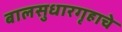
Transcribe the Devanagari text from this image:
बालसुधारगृहाचे